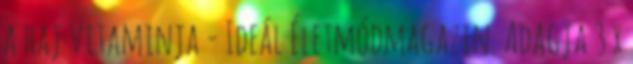
a haj vitaminja - Ideál Életmódmagazin. Adagja 3 x